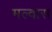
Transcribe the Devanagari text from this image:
मल्वास